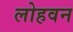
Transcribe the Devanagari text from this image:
लोहवन